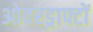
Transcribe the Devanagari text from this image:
ओवरड्राफ्टों